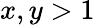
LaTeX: x,y>1